Report of the Indian Hemp Drugs Commission, 1894-1895 - Volume VI
Year: 1894
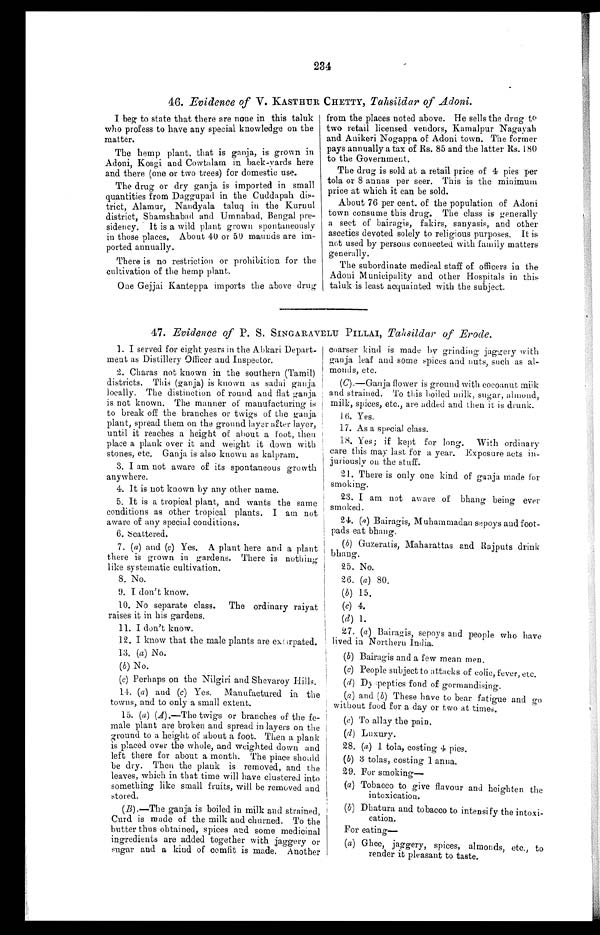
234
46. Evidence of V. KASTHUR CHETTY, Tahsildar of Adoni.
I beg to state that there are none in this taluk
who profess to have any special knowledge on the
matter.
The hemp plant, that is ganja, is grown in
Adoni, Kosgi and Cowtalam in back–vards here
and there (one or two trees) for domestic use.
The drug or dry ganja is imported in small
quantities from Daggupad in the Cuddapah dis-
trict, Alamur, Nandyala taluq in the Kurnul
district, Shamshabad and Umnabad, Bengal pre-
sidency. It is a wild plant grown spontaneously
in those places. About 40 or 50 maunds are im-
ported annually.
There is no restriction or prohibition for the
cultivation of the hemp plant,
One Gejjai Kanteppa imports the above drug
from the places noted above. He sells the drug to
two retail licensed vendors, Kamalpur Nagayah
and Anikeri Nogappa of Adoni town. The former
pays annually a tax of Rs. 85 and the latter Rs. 180
to the Government.
The drug is sold at a retail price of 4 pies per
tola or 8 annas per seer. This is the minimum
price at which it can be sold.
About 76 per cent. of the population of Adoni
town consume this drug. The class is generally
a sect of bairagis, fakirs, sanyasis, and other
ascetics devoted solely to religious purposes. It is
not used by persons connected with family matters
generally.
The subordinate medical staff of officers in the
Adoni Municipality and other Hospitals in this
taluk is least acquainted with the subject.
47. Evidence of P. S. SINGARAVELU PILLAI, Tahsildar of Erode.
1. I served for eight years in the Abkari Depart-
ment as Distillery Officer and Inspector.
2. Charas not known in the southern (Tamil)
districts. This (ganja) is known as sadai ganja
locally. The distinction of round and flat ganja
is not known. The manner of manufacturing is
to break off the branches or twigs of the ganja
plant, spread them on the ground layer after layer,
until it reaches a height of about a foot, then
place a plank over it and weight it down with
stones, etc, Ganja is also known as kalpram.
3. I am not aware of its spontaneous growth
anywhere.
4 . I t i s n o t k n o w n b y a n y o t h e rn
a m e .
5. It is a tropical plant, and wants the same
conditions as other tropical plants. I am not
aware of any special conditions.
6. Scattered.
7. (a) and (c) Yes. A plant here and a plant
there is grown in gardens. There is nothing
like systematic cultivation.
8 . N o .
9 . I d o n ' t k n o w .
10. No separate class.
The ordinary raiyat
raises it in his gardens.
11. I don't know.
12. I know that the male plants are extirpated.
13. (a) No.
(b) N o.
(c) Perhaps on the Nilgiri and Shevaroy Hills.
14. (a) and (e) Yes. Manufactured in the
towns, and to only a small extent.
15. (a) (A).—The twigs or branches of the fe-
male plant are broken and spread in layers on the
ground to a height of about a foot, Then a plank
is placed over the whole, and weighted down and
left there for about a month. The place should
be dry. Then the plank is removed, and the
leaves, which in that time will have clustered into
something like small fruits, will be removed and
stored.
(B).—The ganja is boiled in milk and strained,
Curd is made of the milk and churned. To the
butter thus obtained, spices and some medicinal
ingredients are added together with jaggery or
sugar and a kind of comfit is made. Another
coarser kind is made by grinding jaggery with
ganja leaf and some spices and nuts, such as al-
monds, etc.
(C).—Ganja flower is ground with cocoanut milk
and strained. To this boiled milk, sugar, almond,
milk, spices, etc., are added and then it is drunk.
16. Yes.
17. As a special class.
18. Yes; if kept for long. With ordinary
care this may last for a year. Exposure acts in-
juriously on the stuff.
21. There is only one kind of ganja made for
smoking.
23. I am not aware of bhang being ever
smoked.
24. (a) Bairagis, Muhammadan sepoys and foot-
pads eat bhang.
(b) Guzeratis, Maharattas and Rajputs drink
bhang.
25. No.
26. (a) 80,
(b) 15.
(c) 4.
(d) 1.
27. (a) Bairagis, sepoys and people who have
lived in Northern India.
(b) Bairagis and a few mean men.
(c) People subject to attacks of colic, fever, etc.
(4) Dyspeptics fond of gormandising.
(a) and (b) These have to bear fatigue and go
without food for a day or two at times.
(c) To allay the pain.
(d) Luxury.
28. (a) 1 tola, costing 4 pies.
(b) 3 tolas, costing 1 anna.
29. For smoking
—
(a) Tobacco to give flavour and heighten the
intoxication.
(b) Dhatura and tobacco to intensify the intoxi-
cation.
For eating—
(a) Ghee, jaggery, spices, almonds, etc., to
render it pleasant to taste.